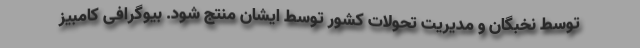
توسط نخبگان و مدیریت تحولات کشور توسط ایشان منتج شود. بیوگرافی کامبیز